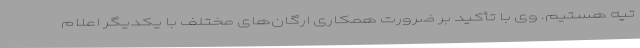
تپه هستیم. وی با تأکید بر ضرورت همکاری ارگان‌های مختلف با یکدیگر اعلام